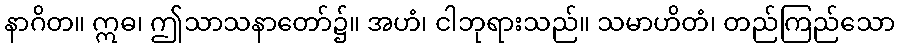
နာဂိတ။ ဣဓ၊ ဤသာသနာတော်၌။ အဟံ၊ ငါဘုရားသည်။ သမာဟိတံ၊ တည်ကြည်သော